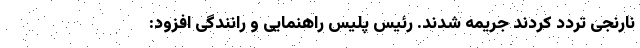
نارنجی تردد کردند جریمه شدند. رئیس پلیس راهنمایی و رانندگی افزود: